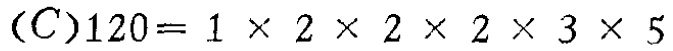
\((C)120 = 1\times 2\times 2\times 2\times 3\times 5\)